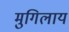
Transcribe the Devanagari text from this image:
मुगिलाय